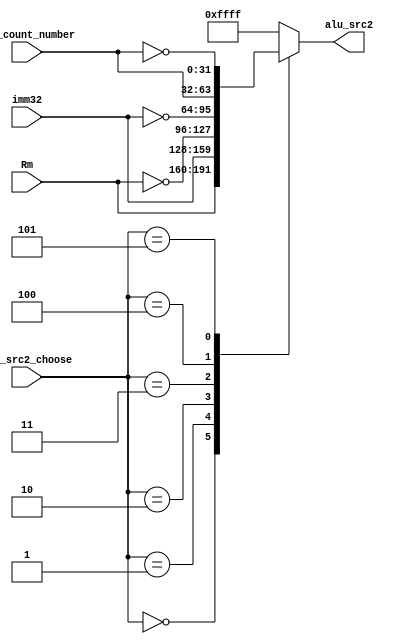
`define S2_RM 3'd0
`define S2_IMM32 3'd1
`define S2_NOT_RM 3'd2
`define S2_NOT_IMM32 3'd3
`define S2_BIT_COUNT 3'd4
`define S2_NOT_BIT_COUNT 3'd5

module mux_alu_src2(
	alu_src2_choose,
	Rm,
	imm32,
	bit_count_number,
	alu_src2
);
	input [2:0]alu_src2_choose;
	input [31:0]Rm;
	input [31:0]imm32;
	input [31:0]bit_count_number;
	
	output [31:0]alu_src2;
	
	reg [31:0]alu_src2;
	
	always@(alu_src2_choose or Rm or imm32)begin
		case(alu_src2_choose)
			`S2_RM:	alu_src2 <= Rm;
			`S2_IMM32:	alu_src2 <= imm32;
			`S2_NOT_RM: alu_src2 <= ~Rm;
			`S2_NOT_IMM32: alu_src2 <= ~imm32;
			`S2_BIT_COUNT: alu_src2 <= bit_count_number;
			`S2_NOT_BIT_COUNT: alu_src2 <= ~bit_count_number;
			default: alu_src2 <= 32'hffff;//x
		endcase
	end	
endmodule